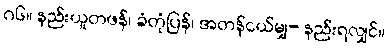
ဂ၆။ နည်းယူတဖန်၊ ခံတုံပြန်၊ အတန်ငယ်မျှ- နည်းရလျှင်။